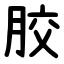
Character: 㬵